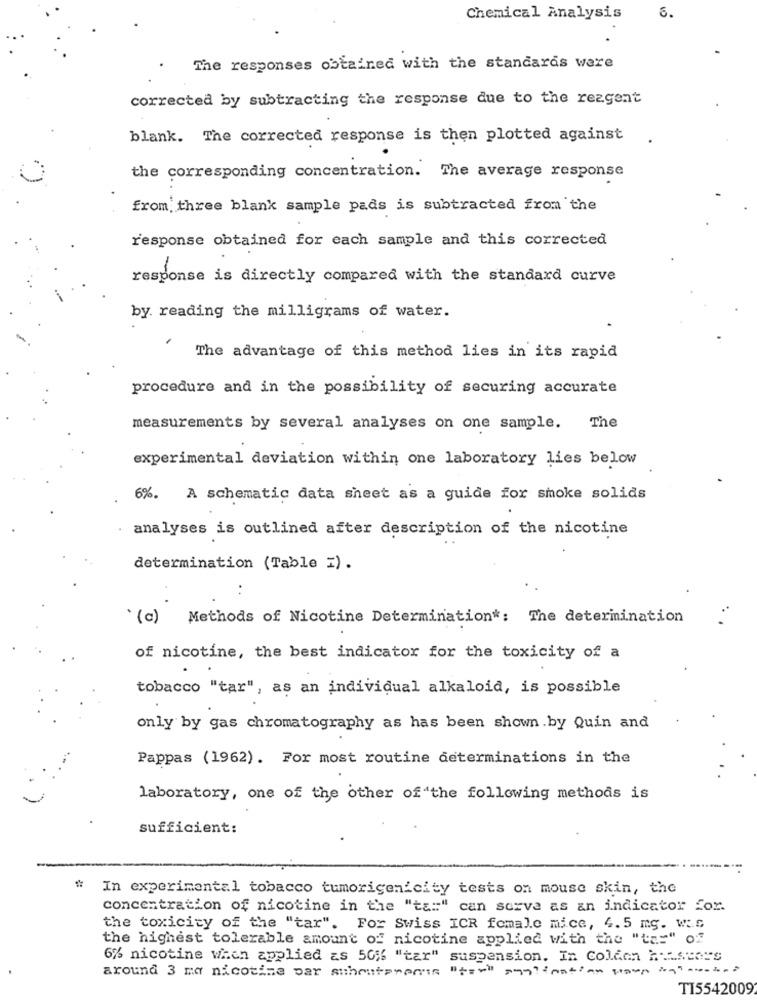
Chemical Analysis
6.
The responses obtained with the standards were
corrected by subtracting the response due to the rezgent
blank. The corrected response is then plotted against
the corresponding concentration. The average response
from three blank sample pads is subtracted from the
response obtained for each sample and this corrected
response is directly compared with the standard curve
by. reading the milligrams of water.
The advantage of this method lies in its rapid
procedure and in the possibility of securing accurate
measurements by several analyses on one sample. The
experimental deviation within one laboratory lies below
6%. A schematic data sheet as a guide for smoke solids
analyses is outlined after description of the nicotine
determination (Table =).
(c)
Methods of Nicotine Determination *: The determination
of nicotine, the best indicator for the toxicity of a
tobacco "tar", as an individual alkaloid, is possible
only by gas chromatography as has been shown.by Quin and
Pappas (1962). For most routine determinations in the
laboratory, one of the other of the following methods is
sufficient:
In experimental tobacco tumorigenicity tests on mouse skin, the
concentration of nicotine in the "ta:" can serve as an indicator for.
the toxicity of the "tar". For Swiss ICR female mice, 4.5 mg. Was
the highest tolerable amount of nicotine applied with the "tas" of
6% nicotine when applied as 50% "tar" suspension. In Colden h:istors
around 3 ma nicotine par subcutaneouss "t=vill aggioation up in
TI5542009